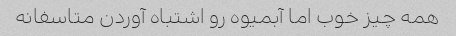
همه چیز خوب اما آبمیوه رو اشتباه آوردن متاسفانه